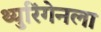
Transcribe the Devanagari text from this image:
थ्युरिंगेनला